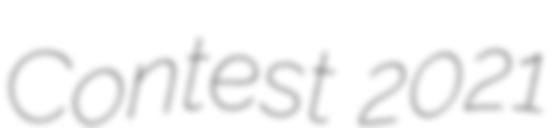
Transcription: Contest 2021